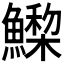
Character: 𩻳